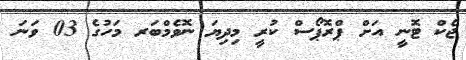
ޖެކް ޓޮނީ އަށް ޕްރޮޕޯސް ކުރީ މިދިޔަ ނޮވެމްބަރ މަހުގެ 03 ވަނަ